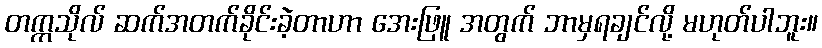
တက္ကသိုလ် ဆက်အတက်ခိုင်းခဲ့တာဟာ အေးဖြူ အတွက် ဘာမှရချင်လို့ မဟုတ်ပါဘူး။